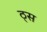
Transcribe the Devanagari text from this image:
ठ्स